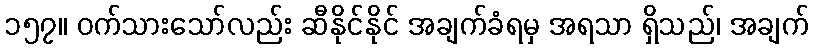
၁၅၇။ ဝက်သားသော်လည်း ဆီနိုင်နိုင် အချက်ခံရမှ အရသာ ရှိသည်၊ အချက်